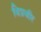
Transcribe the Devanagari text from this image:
विप्रवीर